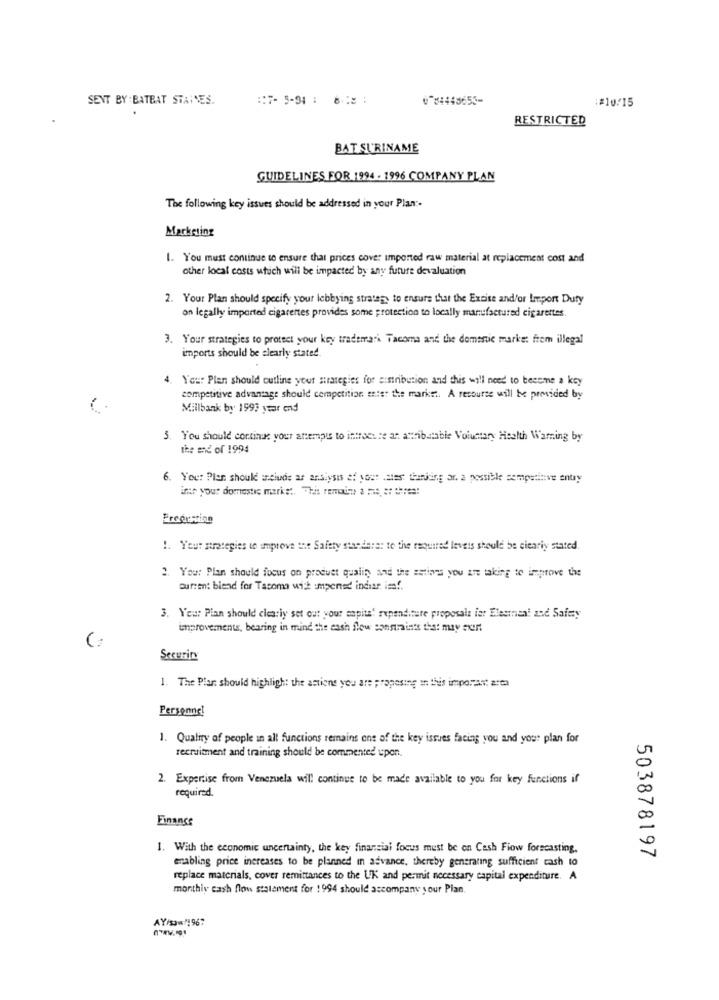
SENT BY : BATBAT STAINES.
:: 7-5-94 : 6
0-84448655-
:#10/15
RESTRICTED
BAT SURINAME
GUIDELINES FOR 1994 . 1996 COMPANY PLAN
The following key issues should be addressed in your Plan :-
Marketing
1. You must continue to ensure that prices cover imported raw material at replacement cost and
other local costs which will be impacted by any future devaluation
2. Your Plan should specify your lobbying strategy to ensure that the Excise and/or Import Duty
on legally imported cigarettes provides some protection to locally manufactured cigarettes
3. Your strategies to protect your key trademark Tacoma and the domenic market from illegal
imports should be clearly stated.
.You: Plen should outline your strategies for distribution and this will need to become a key
competitive advantage should competition sist the market. A resource will be provided by
Millbank by 1993 year end
5. You should continue your attempts to introeste an attributable Voluntary Health Warning by
the end of 1994
6. You: Pler should seiude as analysis of your .atest tharting ar. a possible competitive entry
int your domestic market. This remains a =: :: ::::
1. Your strategies to improve the Safety standara: to the required leveis should be clearly stated.
2. Your Plan should focus on product quality and the sations you are taking to improve the
current blend for Tacoma with umpened indiar ima !.
3. Your Plan should clearly set out your capite' rependiture proposals ist Elesman! and Safety
Unprovements, bearing in mind the cash flow constraints that may eur
Security
1. The Plan should highlight the actions you are proposing in this important area
Personne!
1. Quality of people in all functions remains one of the key issues facing you and your plan for
recruitment and training should be commented upon.
2. Expertise from Venezuela will continue to be made available to you for key functions if
required.
Finance
1. With the economic uncertainty, the key financial focus must be on Cash Flow forecasting.
enabling price increases to be planned in advance, thereby generating sufficient cash to
503878197
replace materials, cover remittances to the UK and permit necessary capital expenditure. A
monthly cash flow statement for 1994 should accompany your Plan.
AY/50w/1967